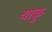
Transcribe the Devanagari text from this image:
याकु